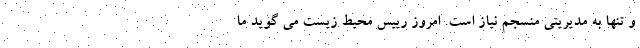
و تنها به مدیریتی منسجم نیاز است. امروز رییس محیط زیست می گوید ما